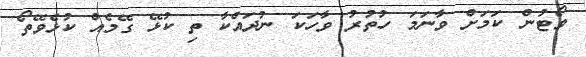
ވޯޓުން ކަމަށް ވާނަމަ ހުތުރު ވާހަކަ ނުދައްކާ ތި ކުޅޭ ގޭމެއް ކުޅެވޭތޯ